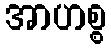
အာဟစ္စ